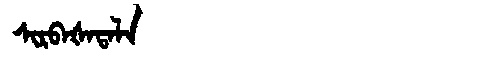
Manchu: ᠰᡳᡵᠪᠠᡧᠠᡨᠠᠯᠠ
Romanization: SIRBAŠATALA